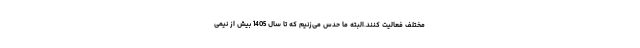
مختلف فعالیت کنند.البته ما حدس می‌زنیم که تا سال 1405 بیش از نیمی